Civil Veterinary Department. United Provinces 1923-31 - 1923-1931
Year: 1923
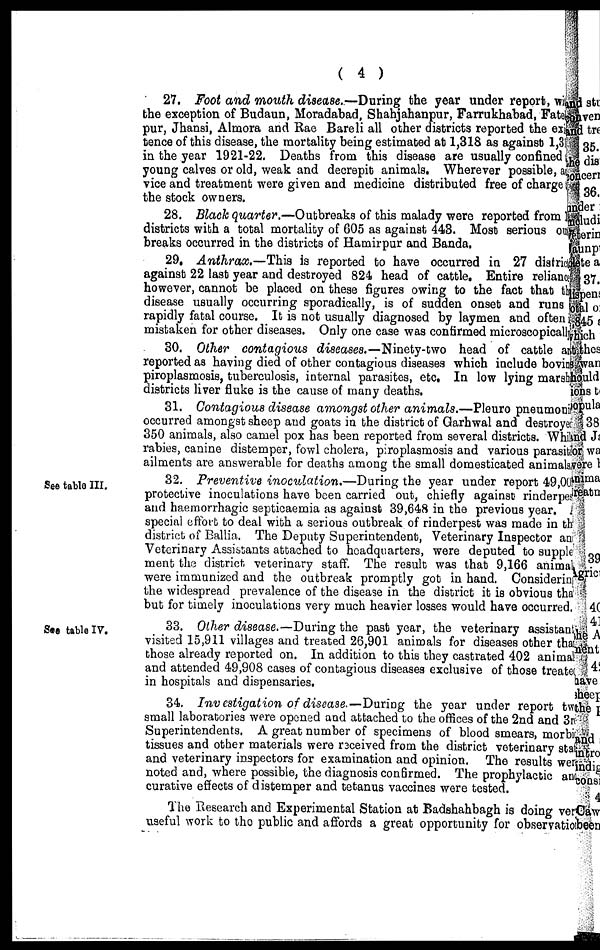
( 4 )
27. Foot and mouth disease..—During the year under report, w
the exception of Budaun, Moradabad, Shahjahanpur, Farrukhabad, Fate
pur, Jhansi, Almora and Rae Bareli all other districts reported the ex
tence of this disease, the mortality being estimated at 1,318 as against 1,3
in the year 1921-22. Deaths from this disease are usually confined
young calves or old, weak and decrepit animals. Wherever possible, e
vice and treatment were given and medicine distributed free of charge
the stock owners.
28. Black quarter.—Outbreaks of this malady were reported from
districts with a total mortality of 605 as against 443. Most serious o
breaks occurred in the districts of Hamirpur and Banda.
29. Anthrax.—This
is reported to have occurred in 27 distri
against 22 last year and destroyed 824 head of cattle. Entire relian
however, cannot be placed on these figures owing to the fact that i
disease usually occurring sporadically, is of sudden onset and runs
rapidly fatal course. It is not usually diagnosed by laymen and ofter
mistaken for other diseases. Only one case was confirmed microscopical,
30. Other contagious diseases.—Ninety-two
head of cattle are
reported as having died of other contagious diseases which include bovin
piroplasmosis, tuberculosis, internal parasites, etc. In low lying marsh
districts liver fluke is the cause of many deaths.
31. Contagious dissase amongst other animals.—Pleuro pneumoni
occurred amongst sheep and goats in the district of Garhwal and destroyed
350 animals, also camel pox has been reported from several districts. Whil
rabies, canine distemper, fowl cholera, piroplasmosis and various parasit
ailments are answerable for deaths among the small domesticated animals
See table III.
32. Preventive inoculation.—During
the year under report 49,00
protective inoculations have been carried out, chiefly against rinderpe
and haemorrhagic septicaemia as against 39,648 in the previous year.
special effort to deal with a serious outbreak of rinderpest was made in the
district of Ballia. The Deputy Superintendent, Veterinary Inspector an
Veterinary Assistants attached to headquarters, were deputed to supple
ment the district veterinary staff. The result was that 9,166 anima
were immunized and the outbreak promptly got in hand. Considerin
the widespread prevalence of the disease in the district it is obvious the
but for timely inoculations very much heavier losses would have occurred,
See table IV.
33. Other disease. —During the past year, the veterinary assistan
visited 15,911 villages and treated 26,901 animals for diseases other tha
those already reported on. In addition to this they castrated 402 anima
and attended 49,908 cases of contagious diseases exclusive of those treate
in hospitals and dispensaries.
34. Investigation
of disease.—During the year under report tv
small laboratories were opened and attached to the offices of the 2nd and 3:
Superintendents. A great number of specimens of blood smears, morb
tissues and other materials were received from the district veterinary sta
and veterinary inspectors for examination and opinion. The results we
noted and, where possible, the diagnosis confirmed. The prophylactic ar
curative effects of distemper and tetanus vaccines were tested.
The Research and Experimental Station at Badshahbagh is doing ve
useful work to the public and affords a great opportunity for observatic